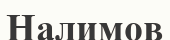
Налимов